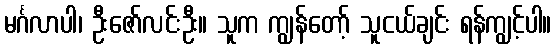
မင်္ဂလာပါ၊ ဦးဇော်လင်းဦး။ သူက ကျွန်တော့် သူငယ်ချင်း ရန်ကျွင့်ပါ။